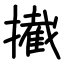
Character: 擮